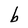
Character: b